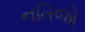
નતિજો